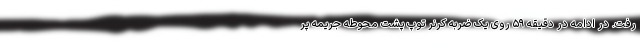
رفت. در ادامه در دقیقه ۵۹ روی یک ضربه کرنر توپ پشت محوطه جریمه پر